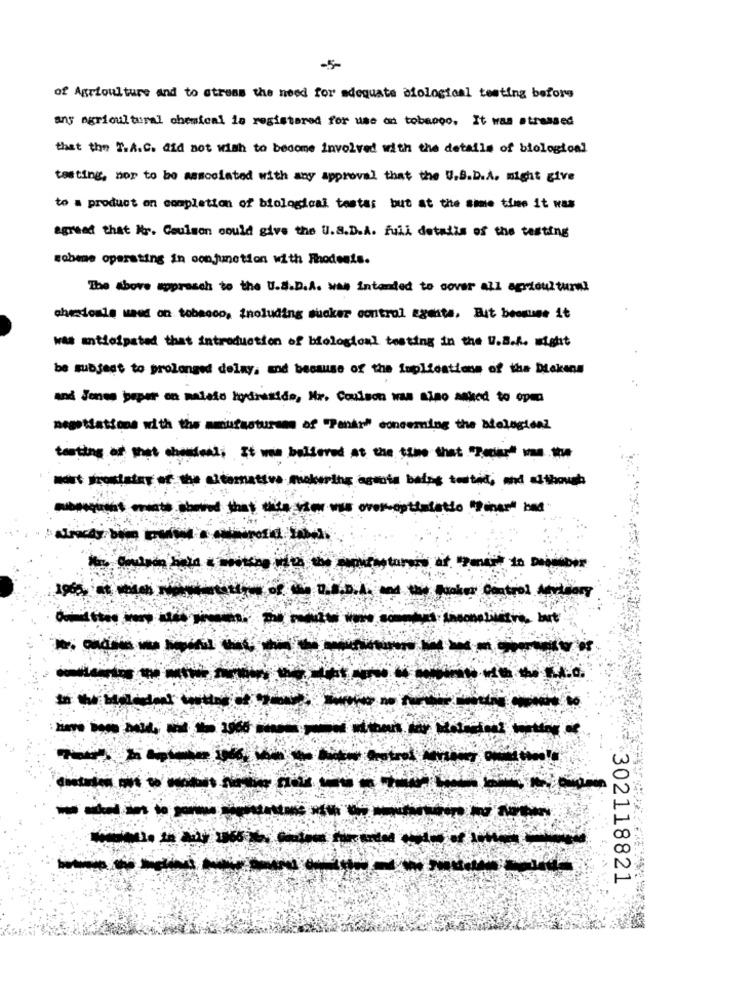
of Agriculture and to stress the need for adequate biological testing before
ans agricultural chemical la registered for use on tobaogo. It was stressed
that the T.A.C. did not wish to become involved with the details of biological
testing, nor to be associated with any approval that the U.S.D.A. might give
to a product on completion of biological tostas but at the same time it was
Agreat that is. Coulson could give the U.S.D.A. full details of the testing
sobme operating in conjunction with Rodents.
The above apprasch to the U.S.D.A. was intended to cover all agriculturw!
chedomle mend on tobacco, including sucker control agents, But because it
was anticipated that introduction of biological testing in the U.S.R. wight
be subject to prolonged delay, and because of the Implications of the Dekens
and Jones peper on palato hydrazide, Mr. Coulson was also maked to com
negotiations with the amutasturam of "Pena" concerning the Miological
testing of thet chefenl; It won believed at the time that ."Tocier" was *
won't prostate of the altemative makeris aquota bales testit, and although
--------
1965 at ---
-------
----
302118821